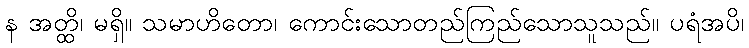
န အတ္ထိ၊ မရှိ။ သမာဟိတော၊ ကောင်းသောတည်ကြည်သောသူသည်။ ပရံအပိ၊